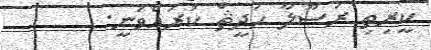
ކީރިތި ރަސޫލާ ޙަދީޘް ކުރައްވަނީ: